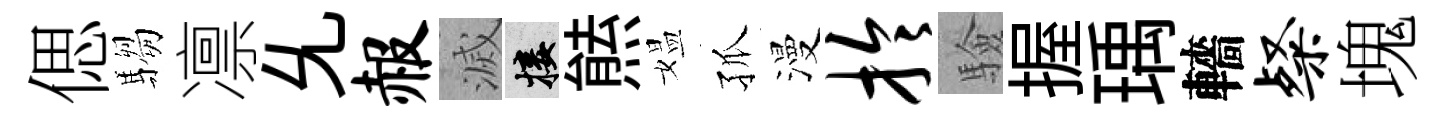
偲騶凛𠃔赧滅接㷱媪孤漫拎驗握瑀轖粲塊